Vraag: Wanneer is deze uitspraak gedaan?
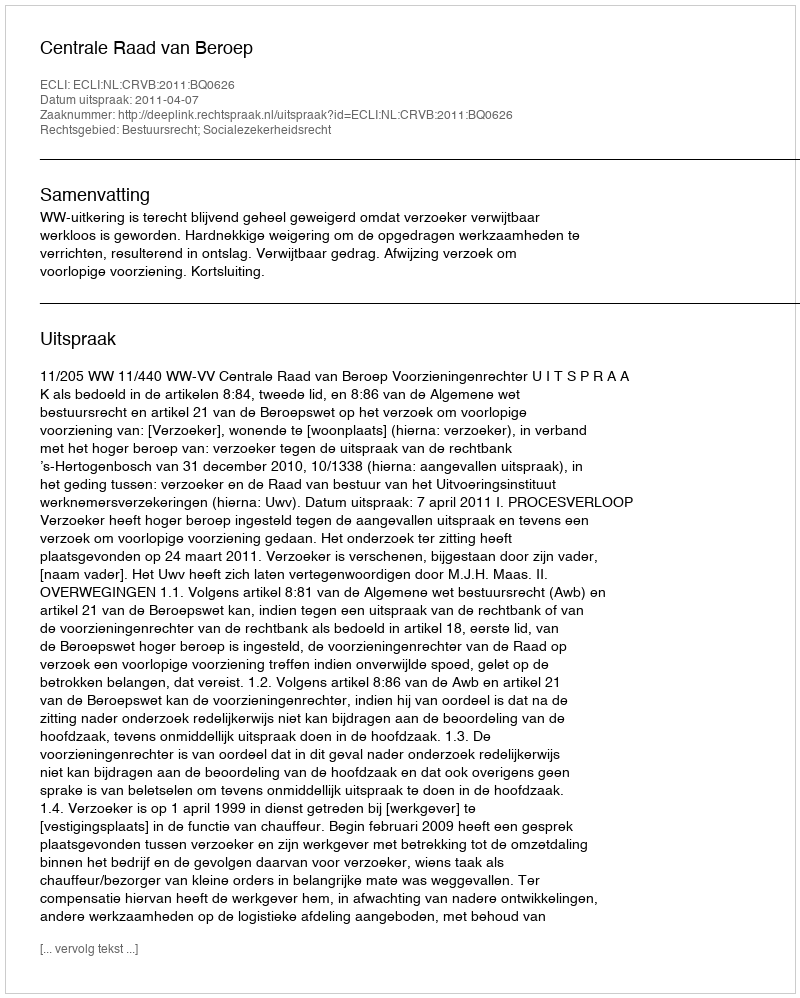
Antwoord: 2011-04-07